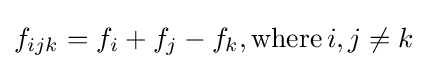
f_{ijk}=f_{i}+f_{j}-f_{k},\mathrm {where} \,i,j\neq k